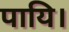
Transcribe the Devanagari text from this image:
पायि।